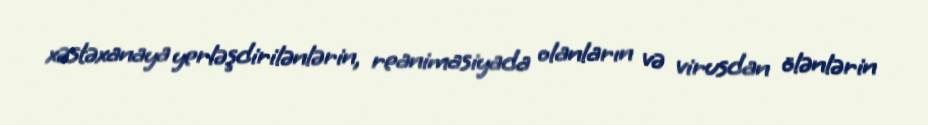
xəstəxanaya yerləşdirilənlərin, reanimasiyada olanların və virusdan ölənlərin